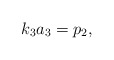
\begin{align*}k_3{a_3}=p_2,\end{align*}